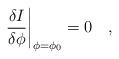
LaTeX: \begin{align*}\left. {\delta I\over{\delta \phi}}\right| _{\phi=\phi_0} =0~~~,\end{align*}